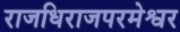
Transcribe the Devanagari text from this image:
राजधिराजपरमेश्वर